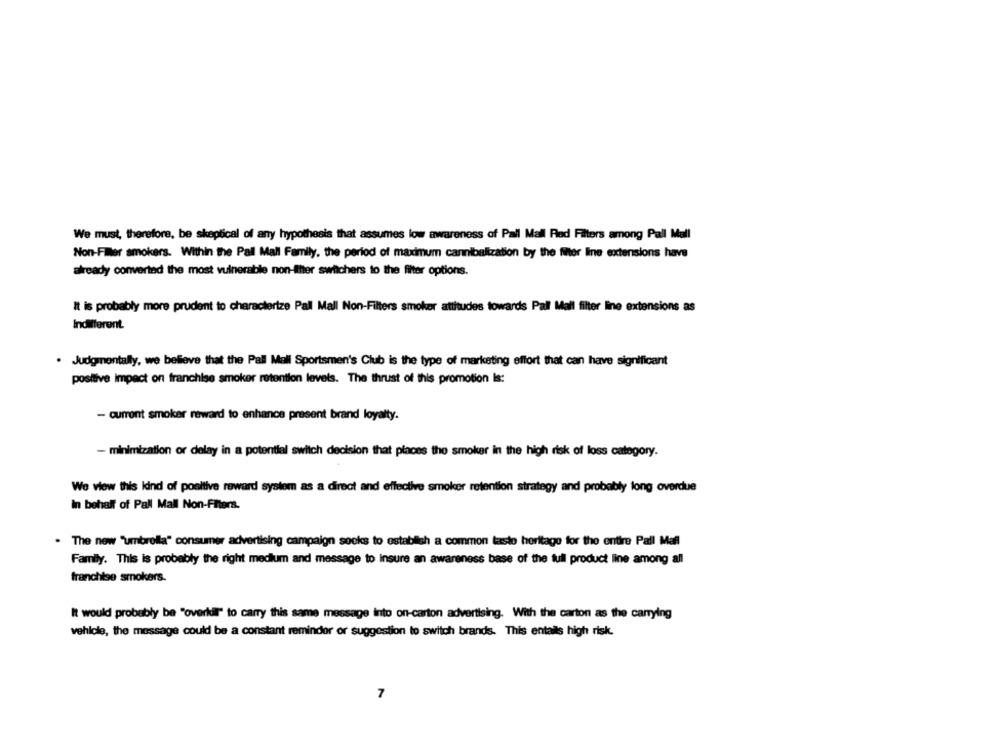
We must, therefore, be skeptical of any hypothesis that assumes low awareness of Pall Mall Red Filters among Pall Mall
Non-Filer smokers. Within the Pall Mall Family, the period of maximum cannibaltization by the filter line extensions have
already converted the most vulnerable non-Ither switchers to the filter options.
It is probably more prudent to characterize Pall Mall Non-Filters smoker attitudes towards Pall Mall filter line extensions as
Indifferent.
. Judgmentally, we believe that the Pall Mall Sportsmen's Club is the type of marketing effort that can have significant
positive impact on franchise smoker retention levels. The thrust of this promotion Is:
- current smoker reward to enhance present brand loyalty.
- minimization or delay in a potential switch decision that places the smoker in the high risk of loss category.
We view this kind of positive reward system as a direct and effective smoker retention strategy and probably long overdue
In behalf of Pall Mall Non-Fiter's.
. The new "umbrella" consumer advertising campaign seeks to establish a common taste heritage for the entire Pall Mall
Family. This is probably the right medium and message to insure an awareness base of the full product line among all
franchise smokers.
It would probably be "overkil" to carry this same message into on-carton advertising. With the carton as the carrying
vehicle, the message could be a constant reminder or suggestion to switch brands. This entails high risk.
7